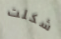
شكلت